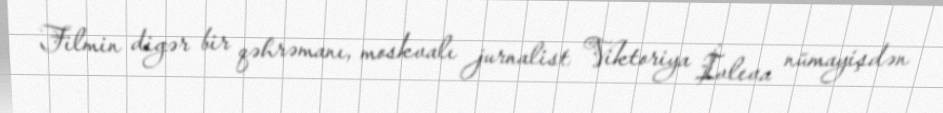
Filmin digər bir qəhrəmanı, moskvalı jurnalist Viktoriya İvleva nümayişdən